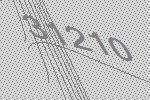
31210